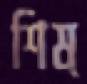
শিষ্